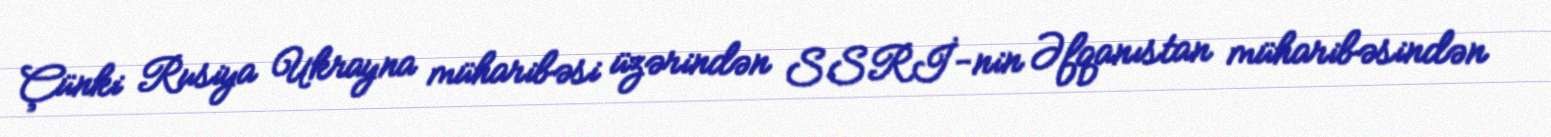
Çünki Rusiya Ukrayna müharibəsi üzərindən SSRİ-nin Əfqanıstan müharibəsindən